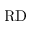
\mathrm { R D }